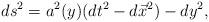
LaTeX: \begin{align*}ds^2=a^2(y) (dt^2-d\vec{x}^2)-dy^2,\end{align*}